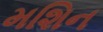
મશિન